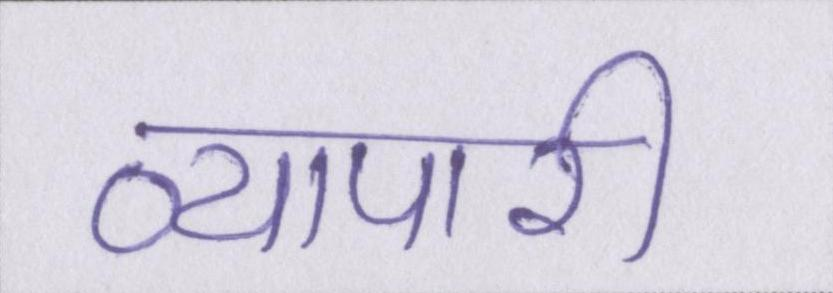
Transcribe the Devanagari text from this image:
व्यापारी